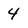
Character: 4